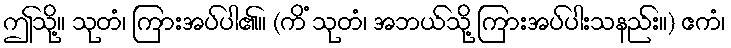
ဤသို့။ သုတံ၊ ကြားအပ်ပါ၏။ (ကိံ သုတံ၊ အဘယ်သို့ ကြားအပ်ပါးသနည်း။) ဧကံ၊